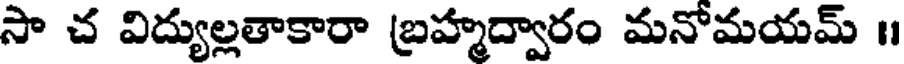
సా చ విద్యుల్లతాకారా బ్రహ్మద్వారం మనోమయమ్ ॥